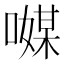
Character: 𠿃